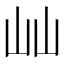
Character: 屾